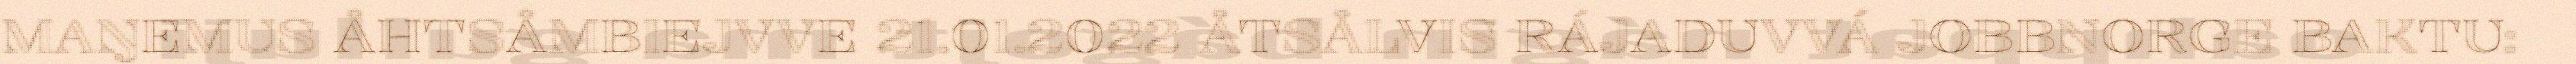
MAŊEMUS ÅHTSÅMBIEJVVE 21.01.2022 ÅTSÅLVIS RÁJADUVVÁ JOBBNORGE BAKTU: